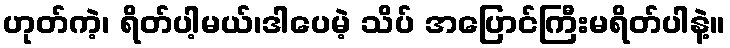
ဟုတ်ကဲ့၊ ရိတ်ပါ့မယ်၊ဒါပေမဲ့ သိပ် အပြောင်ကြီးမရိတ်ပါနဲ့။